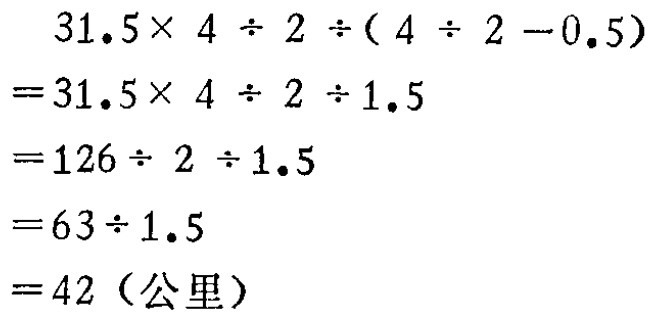
\[
\begin{align*}
&31.5\times 4\div 2\div(4\div 2 - 0.5)\\
=&31.5\times 4\div 2\div 1.5\\
=&126\div 2\div 1.5\\
=&63\div 1.5\\
=&42（公里）
\end{align*}
\]